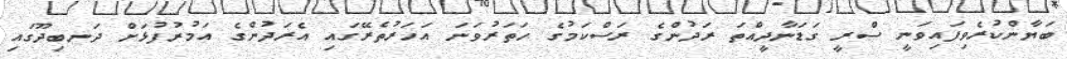
ބަޔާންކުރެވިފައިވަނީ ސްރީ ގަޑަނާދީއްތަ ރަދުންގެ ރަސްކަމުގެ ހަތަރުވަނަ އަހަރުތެރޭގައި އެރަދުންގެ އަމުރުފުޅަށް ދަނބިދޫގައި